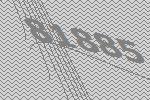
81885